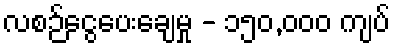
လစဉ်ငွေပေးချေမှု - ၁၅၀,၀၀၀ ကျပ်